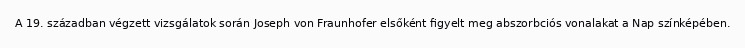
A 19. században végzett vizsgálatok során Joseph von Fraunhofer elsőként figyelt meg abszorbciós vonalakat a Nap színképében.